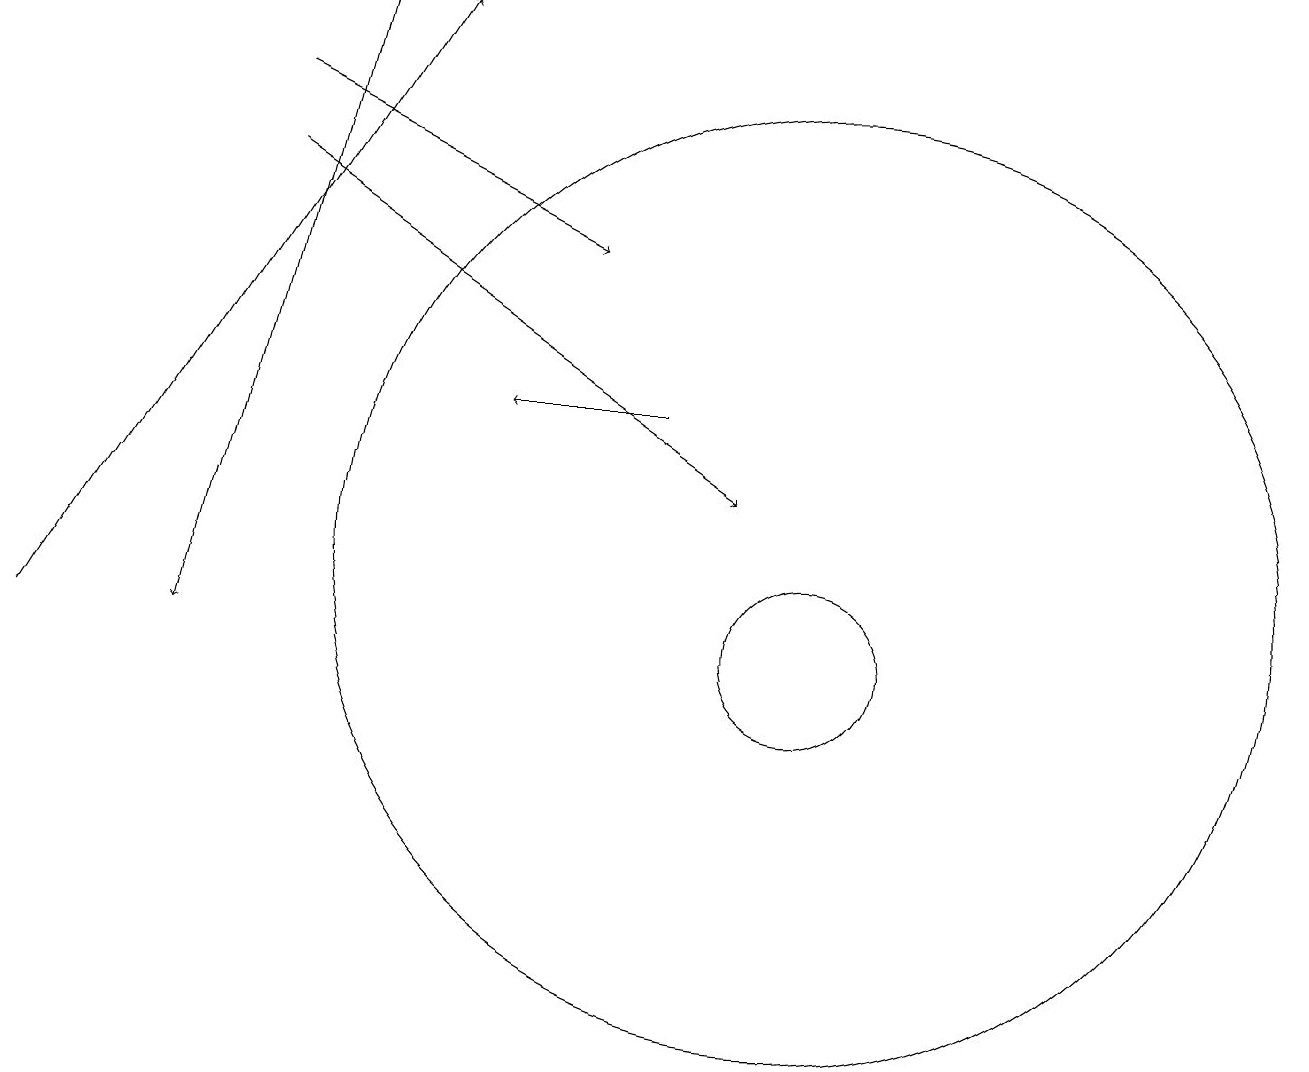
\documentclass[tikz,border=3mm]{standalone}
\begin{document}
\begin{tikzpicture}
\draw[->] (8,13) -- (6,13);
\draw[->] (3,16) -- (9,12);
\draw (11,11) circle (0);
\draw[->] (0,10) -- (5,18);
\draw[->] (3,17) -- (7,15);
\draw (10,11) circle (6);
\draw (10,10) circle (1);
\draw[->] (4,18) -- (2,10);
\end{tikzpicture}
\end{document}